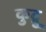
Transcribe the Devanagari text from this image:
कुद्रु